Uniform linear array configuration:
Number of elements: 48
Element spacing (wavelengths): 0.5
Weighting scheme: binomial
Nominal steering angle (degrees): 0
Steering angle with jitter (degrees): -1.516
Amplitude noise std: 0.05
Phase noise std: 0.05

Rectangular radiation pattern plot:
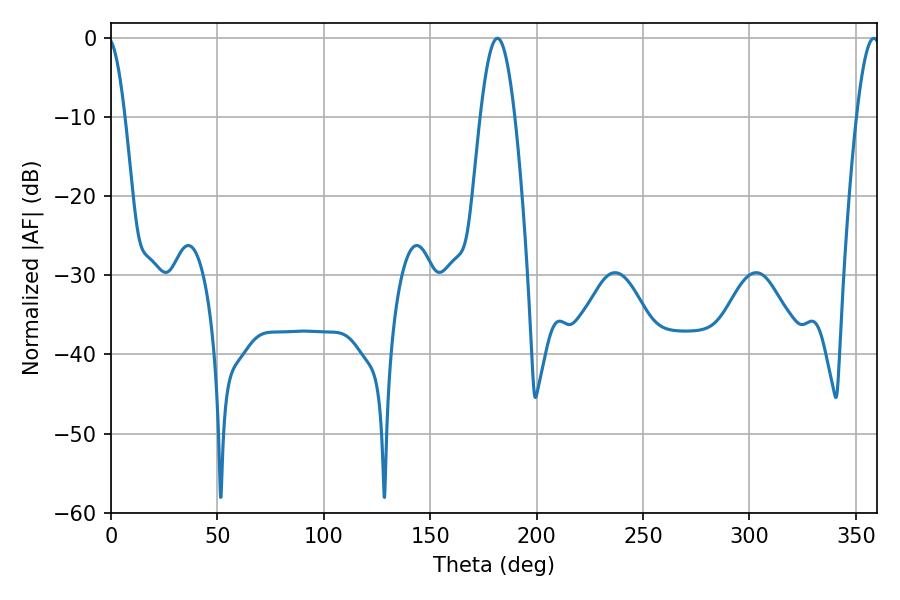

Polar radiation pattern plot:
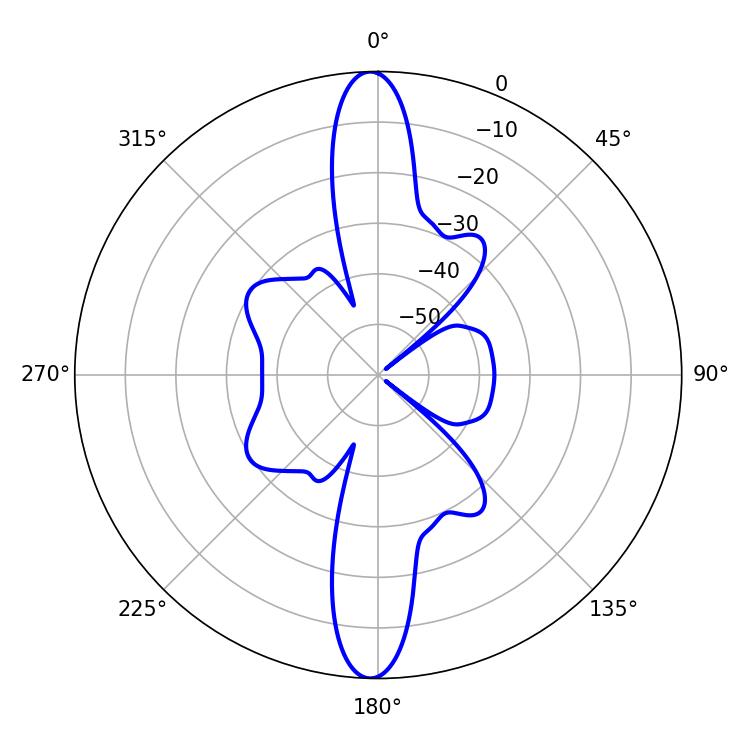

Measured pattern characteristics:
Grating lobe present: FALSE
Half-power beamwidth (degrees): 8.82
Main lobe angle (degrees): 181.62